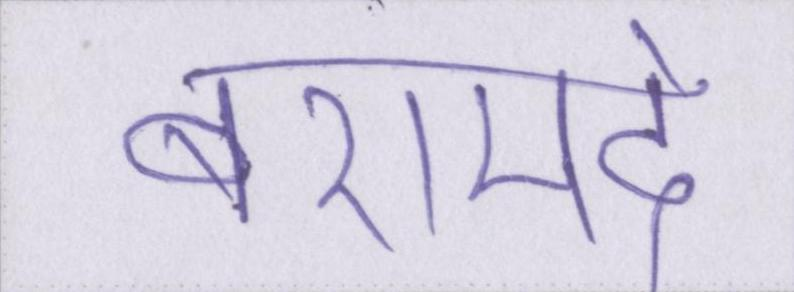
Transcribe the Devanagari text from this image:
बरामदे